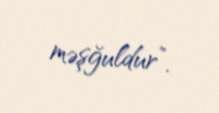
məşğuldur”.